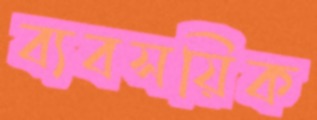
ব্যবসয়িক